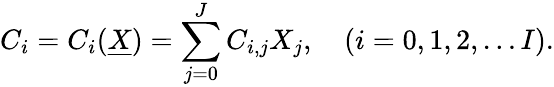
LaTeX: C_{i}=C_{i}(\underline{{X}})=\sum_{j=0}^{J}C_{i,j}X_{j},\quad(i=0,1,2,\dots I).